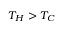
T _ { H } > T _ { C }